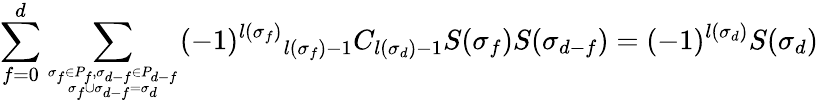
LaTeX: \sum_{f=0}^{d}\sum_{{\sigma_{f}\in P_{f},\sigma_{d-f}\in P_{d-f}}\atop{\sigma_{f}\cup\sigma_{d-f}=\sigma_{d}}}(-1)^{l(\sigma_{f})}{}_{l(\sigma_{f})-1}C_{l(\sigma_{d})-1}S(\sigma_{f})S(\sigma_{d-f})=(-1)^{l(\sigma_{d})}S(\sigma_{d})